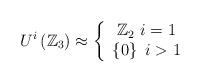
LaTeX: \begin{align*}U^{i}\left( \mathbb{Z}_{3}\right) \approx\left\{\begin{array}[c]{c}\mathbb{Z}_{2}~i=1\\\left\{ 0\right\} ~i>1\end{array}\right. \end{align*}